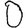
Digit: 0